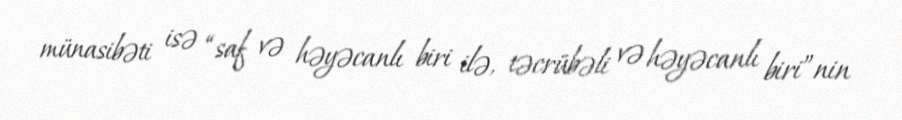
münasibəti isə “saf və həyəcanlı biri ilə, təcrübəli və həyəcanlı biri”nin